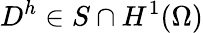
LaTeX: D^{h}\in S\cap H^{1}(\Omega)